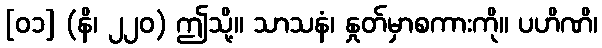
[၀၁] (နိ၊ ၂၂၀) ဤသို့။ သာသနံ၊ နှုတ်မှာစကားကို။ ပဟိဏိ၊